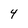
Character: 4